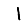
Digit: 1